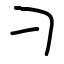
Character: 刁